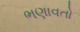
ભણાવતો